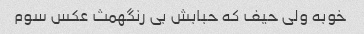
خوبه ولی حیف که حبابش بی رنگهمث عکس سوم